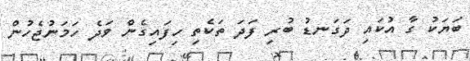
ބަޔަކު ގާ އުކައި ދަގަނޑު ބުރި ފަދަ ތަކެތި ހިފައިގެން ވަދެ ހަމަނުޖެހުން